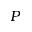
P